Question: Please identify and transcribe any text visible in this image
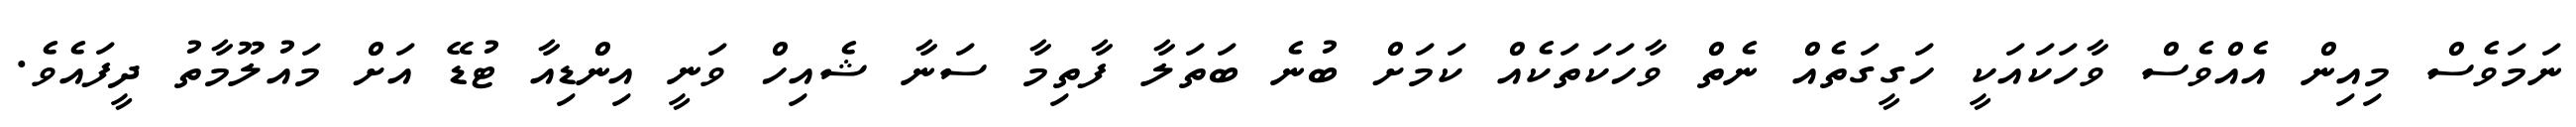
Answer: ނަމަވެސް މިއިން އެއްވެސް ވާހަކައަކީ ހަގީގަތެއް ނެތް ވާހަކަތަކެއް ކަމަށް ބުނެ ބަތަލާ ފާތިމާ ސަނާ ޝެއިހް ވަނީ އިންޑިއާ ޓުޑޭ އަށް މައުލޫމާތު ދީފައެވެ.